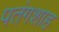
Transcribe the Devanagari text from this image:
पतंगशाह